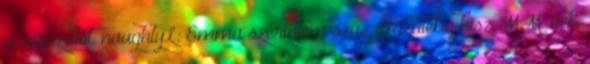
a sorozatot. naughtyL: Emma szerintem száz százalékig hisz MM-nek,